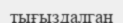
тығыздалган